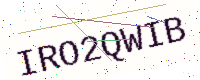
Text: IRO2QWIB